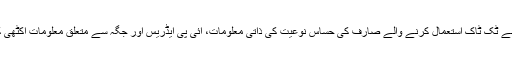
خط میں کہا گیا تھا کہ قومی سلامتی کے ماہرین نے ٹک ٹاک استعمال کرنے والے صارف کی حساس نوعیت کی ذاتی معلومات، آئی پی ایڈریس اور جگہ سے متعلق معلومات اکٹھی کرنے سے متلعق شکوک شبہات کا اظہار کیا ہے۔